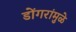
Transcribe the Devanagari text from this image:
डोंगरांमुळे